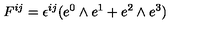
F ^ { i j } = \epsilon ^ { i j } ( e ^ { 0 } \wedge e ^ { 1 } + e ^ { 2 } \wedge e ^ { 3 } )